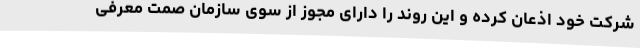
شرکت خود اذعان کرده و این روند را دارای مجوز از سوی سازمان صمت معرفی